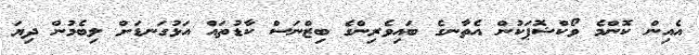
އެއިން ކޮންމެ ވޯކްޝޮޕަކުން އެތާނގެ ބައިވެރިންގެ ބިޒްނަސް ކާޑުތައް އަޅުގަނޑަށް ލިބެމުން ދިޔަ